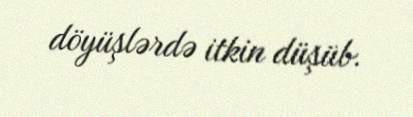
döyüşlərdə itkin düşüb.